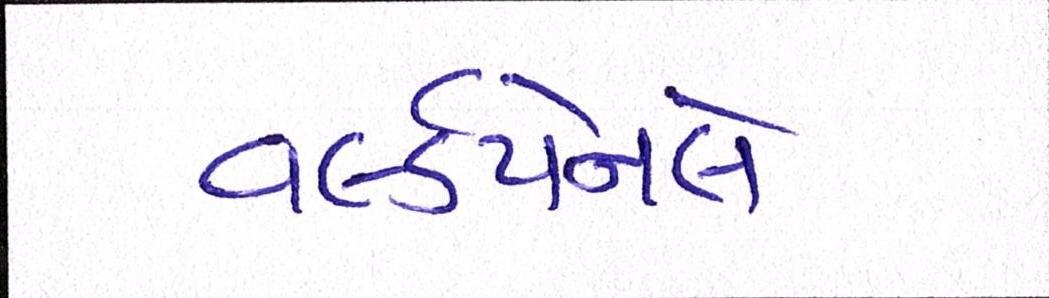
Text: વર્લ્ડપેનલે